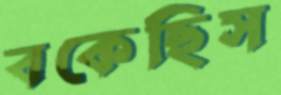
বকেছিস